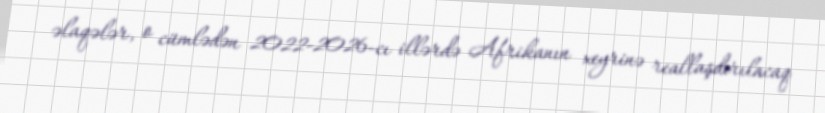
əlaqələr, o cümlədən 2022-2026-cı illərdə Afrikanın xeyrinə reallaşdırılacaq